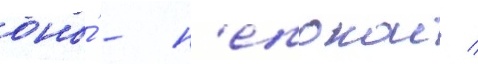
оно́ - н'епокои /